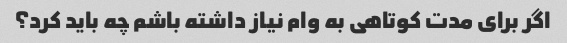
اگر برای مدت کوتاهی به وام نیاز داشته باشم چه باید کرد؟